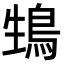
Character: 䲼